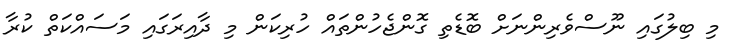
މި ބިލުގައި ނޫސްވެރިންނަށް ބޮޑެތި ގޮންޖެހުންތައް ހުރިކަން މި ދާއިރަގައި މަސައްކަތް ކުރާ